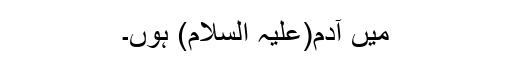
میں آدم(علیہ السلام) ہوں۔